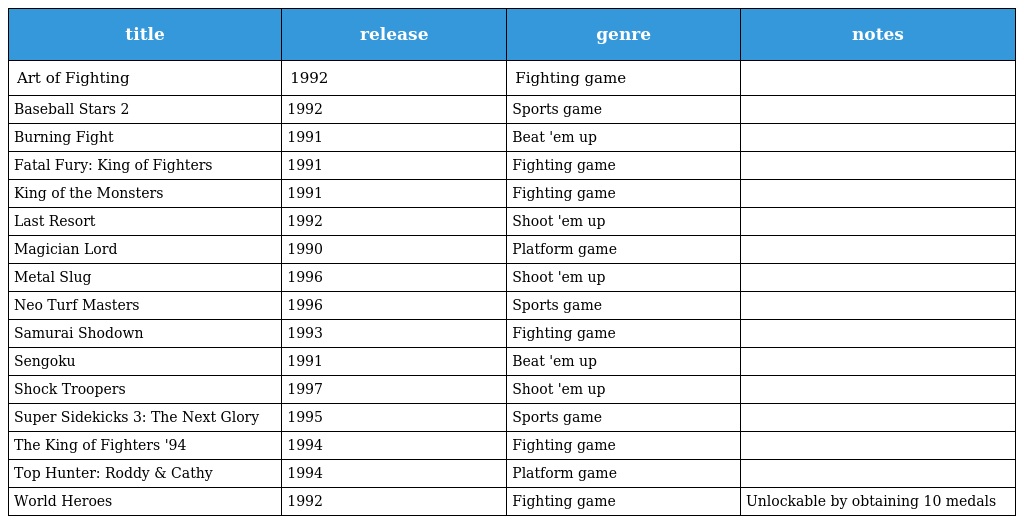
| title | release | genre | notes |
 | --- | --- | --- | --- |
 | Art of Fighting | 1992 | Fighting game |  |
 | Baseball Stars 2 | 1992 | Sports game |  |
 | Burning Fight | 1991 | Beat 'em up |  |
 | Fatal Fury: King of Fighters | 1991 | Fighting game |  |
 | King of the Monsters | 1991 | Fighting game |  |
 | Last Resort | 1992 | Shoot 'em up |  |
 | Magician Lord | 1990 | Platform game |  |
 | Metal Slug | 1996 | Shoot 'em up |  |
 | Neo Turf Masters | 1996 | Sports game |  |
 | Samurai Shodown | 1993 | Fighting game |  |
 | Sengoku | 1991 | Beat 'em up |  |
 | Shock Troopers | 1997 | Shoot 'em up |  |
 | Super Sidekicks 3: The Next Glory | 1995 | Sports game |  |
 | The King of Fighters '94 | 1994 | Fighting game |  |
 | Top Hunter: Roddy & Cathy | 1994 | Platform game |  |
 | World Heroes | 1992 | Fighting game | Unlockable by obtaining 10 medals |